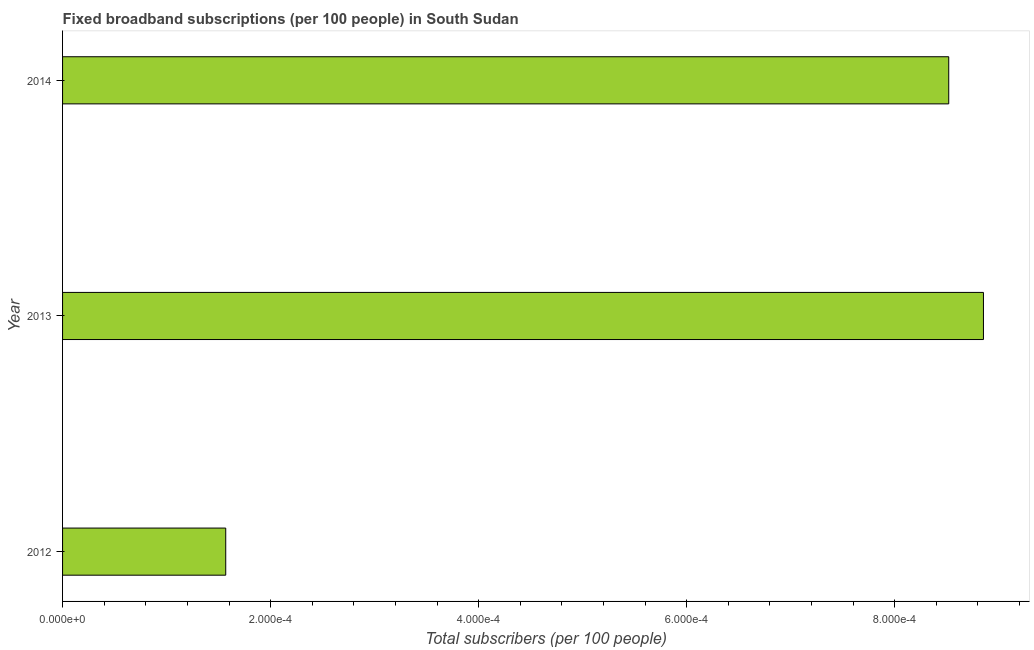
| Year | Fixed broadband subscriptions (per 100 people) |
 | --- | --- |
 | 2012 | 0.000157 |
 | 2013 | 0.000885 |
 | 2014 | 0.000852 |